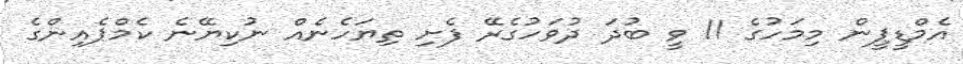
އެމްޑީޕީން މިމަހުގެ 11 ވީ ބުދަ ދުވަހުގެރޭ ފެށި ތިޔަހެނެއް ނުކިޔޭނެ ކެމްޕެއިންގެ